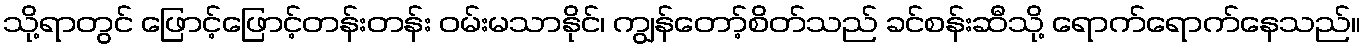
သို့ရာတွင် ဖြောင့်ဖြောင့်တန်းတန်း ဝမ်းမသာနိုင်၊ ကျွန်တော့်စိတ်သည် ခင်စန်းဆီသို့ ရောက်ရောက်နေသည်။